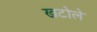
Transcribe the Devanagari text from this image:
खटोले